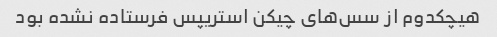
هیچکدوم از سس‌های چیکن استریپس فرستاده نشده بود